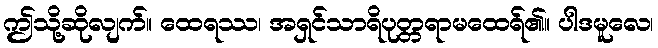
ဤသို့ဆိုလျက်။ ထေရဿ၊ အရှင်သာရိပုတ္တရာမထေရ်၏။ ပါဒမူလေ၊